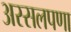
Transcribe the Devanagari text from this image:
अस्सलपणा